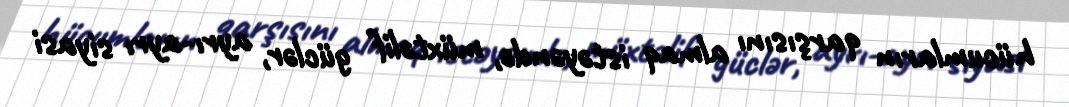
hücumların qarşısını almaq istəyəndə, müxtəlif güclər, ayrı-ayrı siyasi